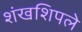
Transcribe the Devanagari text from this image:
शंखशिपले